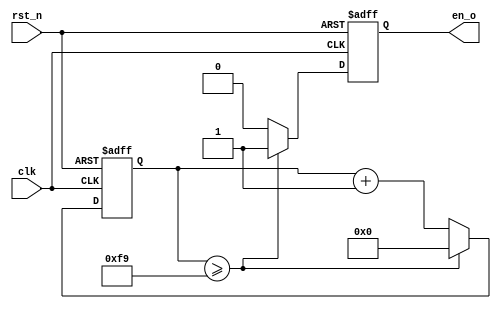
// This program was cloned from: https://github.com/maxs-well/ad7606-driver-verilog
// License: GNU General Public License v2.0

module generate_en
#
(
parameter INTERVAL_CNT = 250
)
(
	input					clk		,
	input					rst_n		,
	
	output	reg		en_o	
);

reg [31:0]	cnt;

always @ (posedge clk or negedge rst_n)
begin 
	if (!rst_n)
	begin
		cnt	<=	'd0;
		en_o	<=	'd0;
	end
	else if (cnt >= INTERVAL_CNT - 1)
	begin
		cnt 	<=	'd0;
		en_o	<=	1'b1;
	end
	else
	begin
		cnt 	<= cnt + 32'd1;
		en_o	<=	1'b0;
	end
end

endmodule